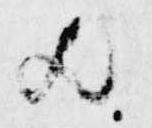
歟